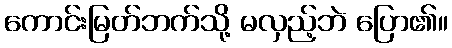
ကောင်းမြတ်ဘက်သို့ မလှည့်ဘဲ ပြော၏။